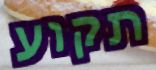
תקוע